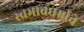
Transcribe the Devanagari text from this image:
स्वभावधर्माचे